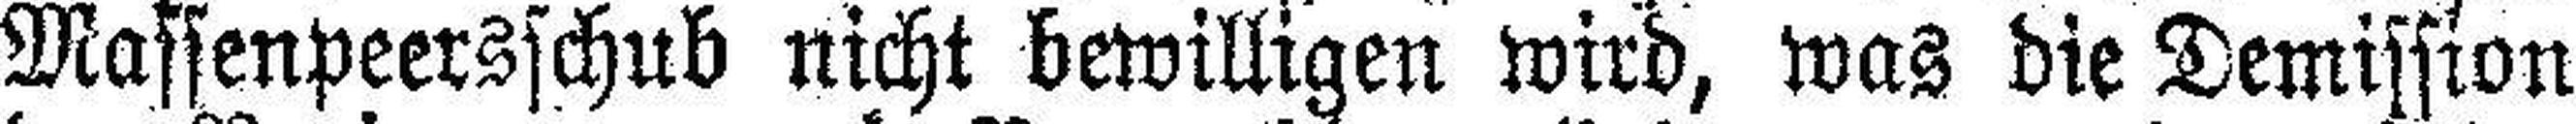
Massenpeersschub nicht bewilligen wird, was die Demission